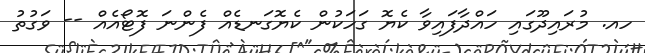
ހއ. މުރައިދޫގައި ހައްދާފައިވާ ކެޔޮ ގަހަކުން ކެޔޮގަނޑެއް ފެންނަ ފޮޓޯއެއް -- ވަގުތު